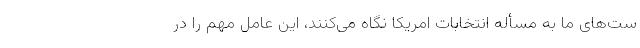
ست‌های ما به مسأله انتخابات امریکا نگاه می‌کنند، این عامل مهم را در